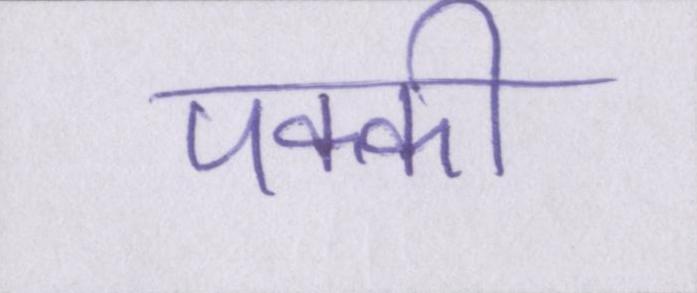
पक्की